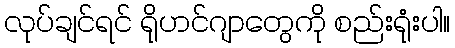
လုပ်ချင်ရင် ရိုဟင်ဂျာတွေကို စည်းရုံးပါ။